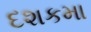
દશકમા